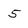
Character: 5